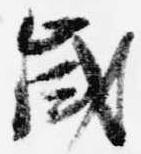
歳